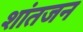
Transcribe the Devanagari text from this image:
शांतजन